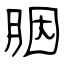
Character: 胭